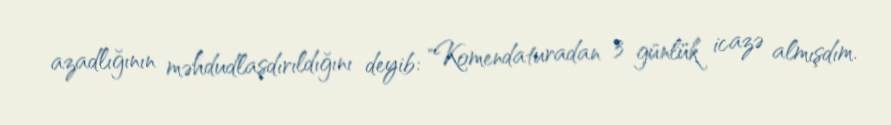
azadlığının məhdudlaşdırıldığını deyib: "Komendaturadan 3 günlük icazə almışdım.